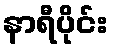
နာရီပိုင်း